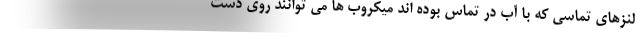
لنزهای تماسی که با آب در تماس بوده اند میکروب ها می توانند روی دست